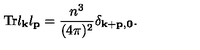
\mathrm { T r } l _ { \bf k } l _ { \bf p } = \frac { n ^ { 3 } } { ( 4 \pi ) ^ { 2 } } \delta _ { \bf k + p , 0 } .